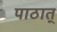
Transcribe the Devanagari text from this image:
पाठात्‌